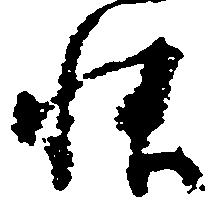
帳